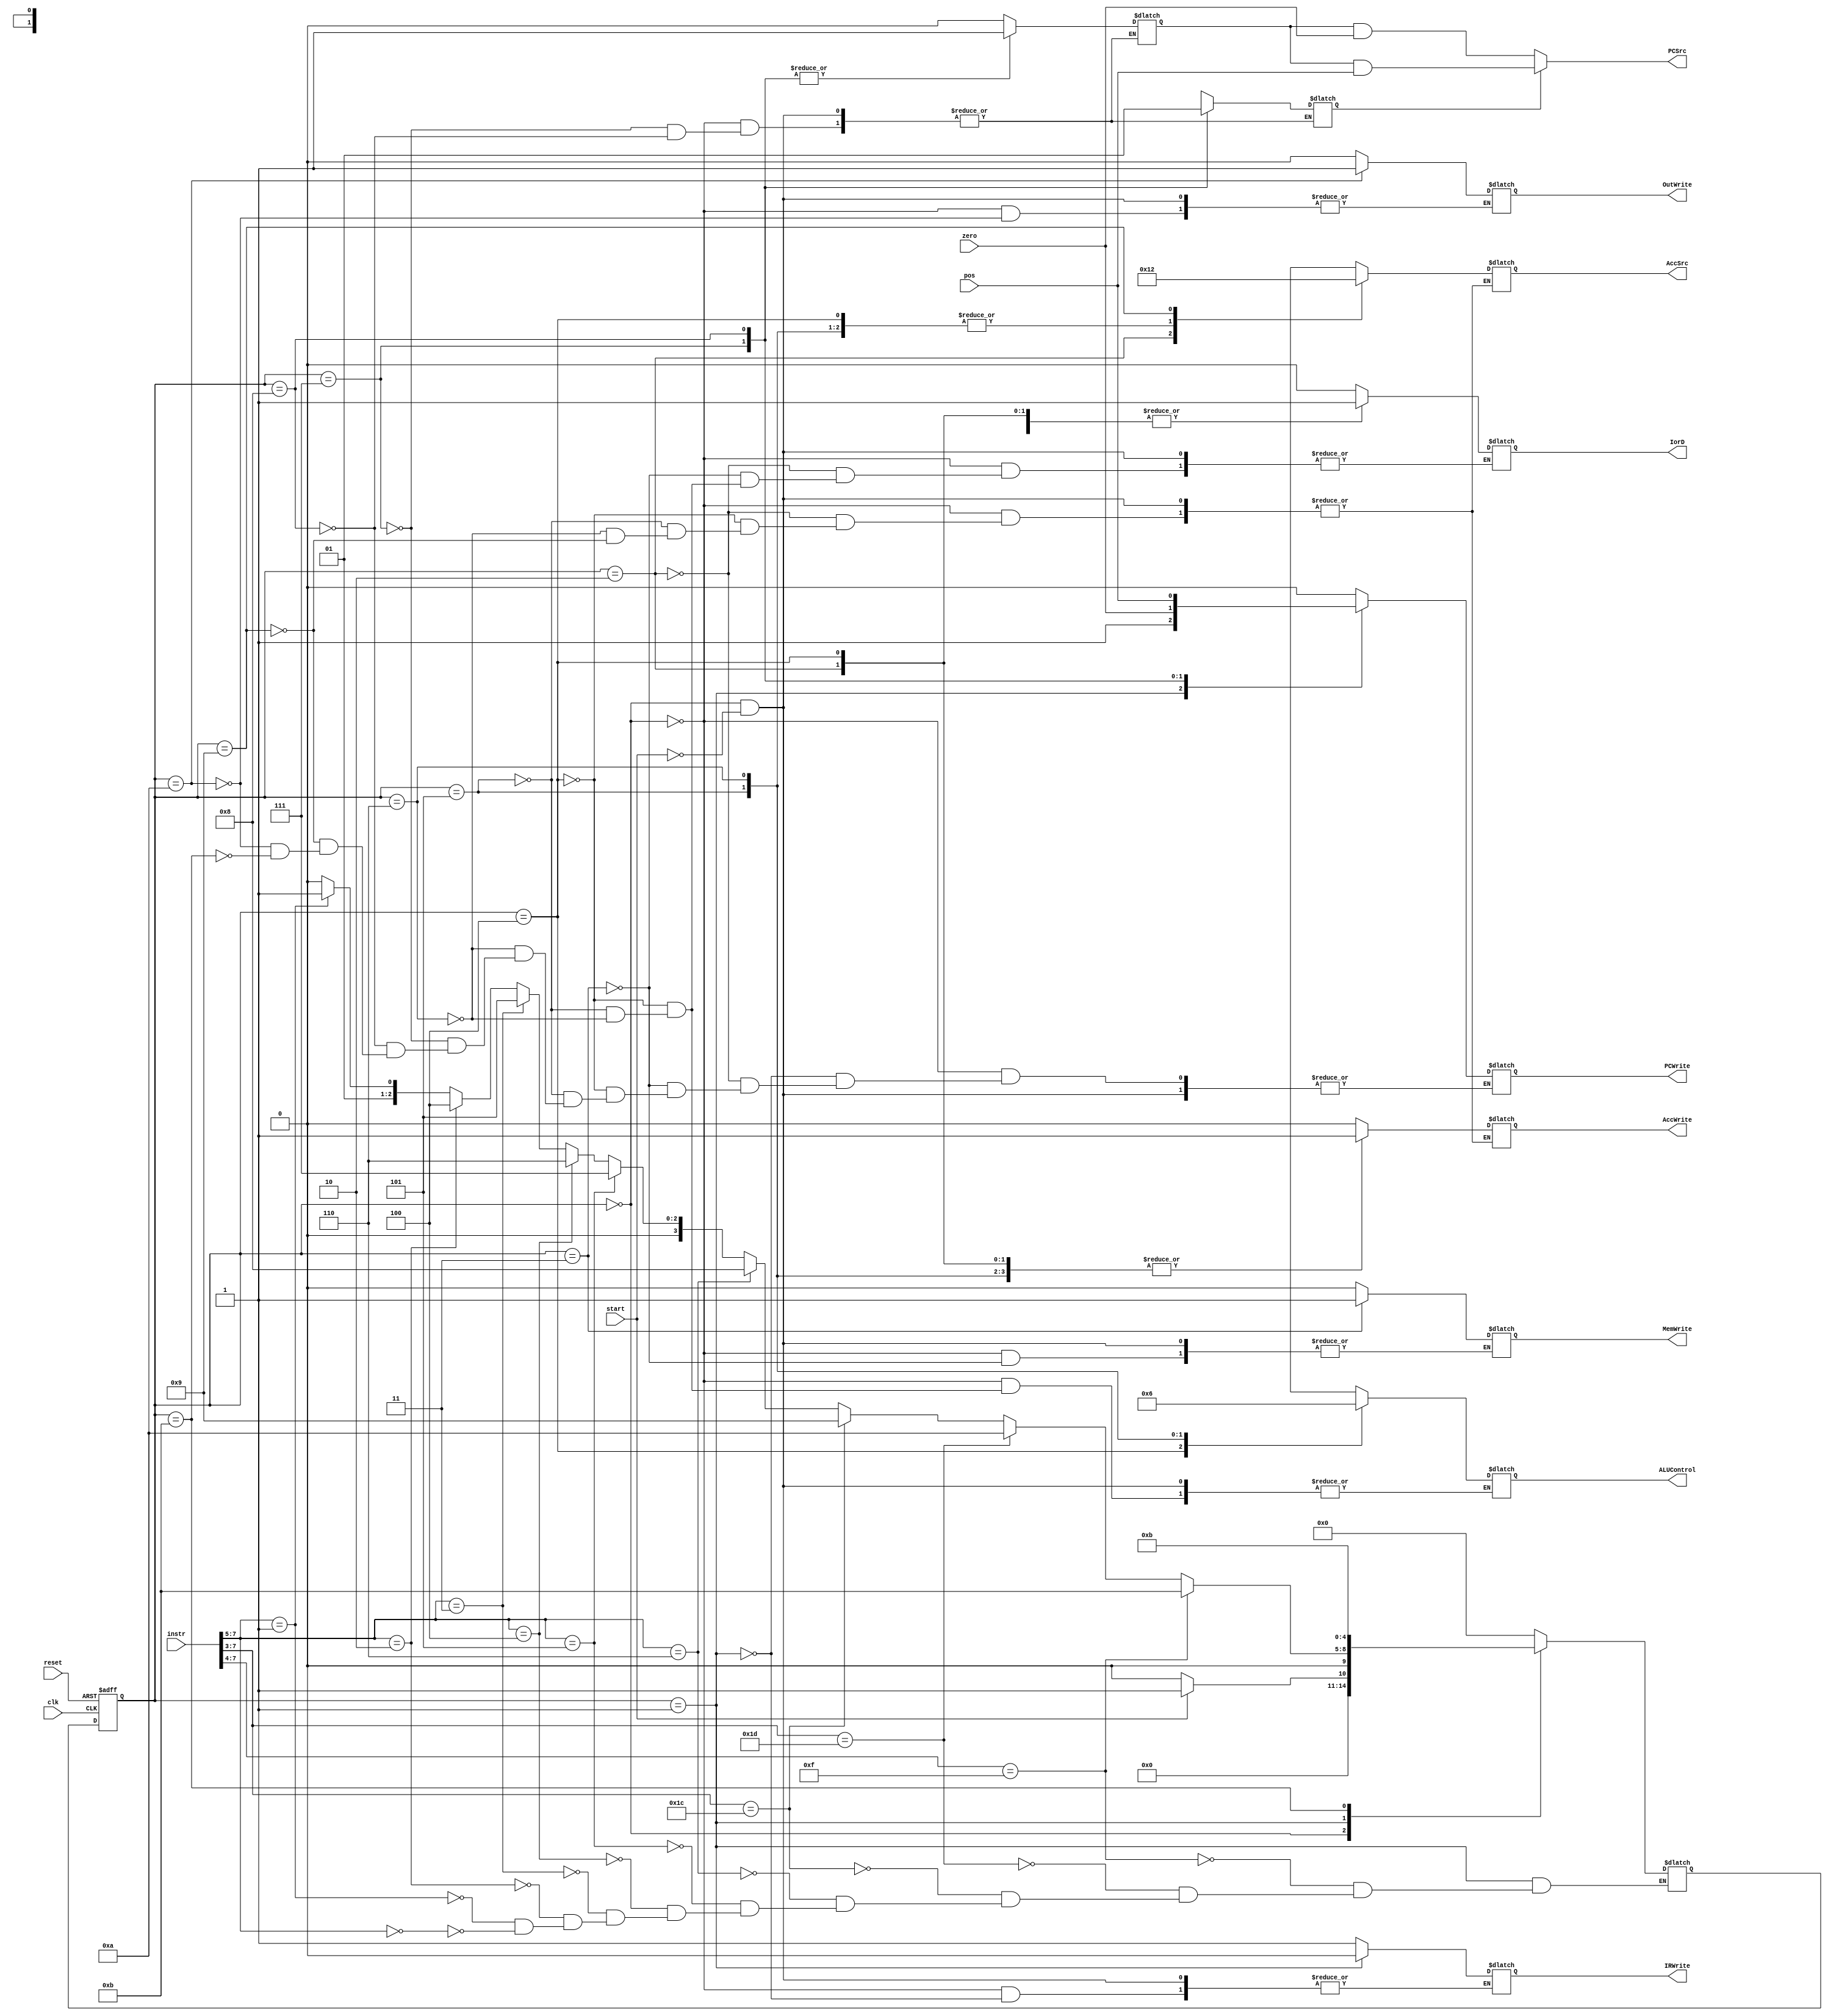
/* Reiner Dizon
 * Simple 8-bit microprocessor (MP-8)
 * Controller Module
 */
module controller(
	input clk, reset, start,		// Clock, Reset, & Start Signal
	input [7:0] instr,				// Instruction Input
	output PCSrc,
	output reg PCWrite, IorD, MemWrite, 
	output reg IRWrite, OutWrite,
	output reg [1:0] AccSrc, ALUControl,
	output reg AccWrite,
	input zero, pos					// Branch Condition Input (from ALU)
);
	reg branch, ZorP;
	reg [4:0] state;
	reg [4:0] nextstate;
	parameter S0 = 0; // reset
	parameter S1 = 1;
	parameter S2 = 2;
	parameter S3 = 3;
	parameter S4 = 4;
	parameter S5 = 5;
	parameter S6 = 6;
	parameter S7 = 7;
	parameter S8 = 8;
	parameter S9 = 9;
	parameter S10 = 10;
	parameter S11 = 11;
	
	always @(posedge clk, posedge reset)
		if(reset) state <= S0;
		else state <= nextstate;
	
	always @(state, instr, start) begin
	case(state)
		S0: begin
			if(start) begin
				PCWrite <= 1'b0;
				IorD <= 1'b0;
				MemWrite <= 1'b0;
				IRWrite <= 1'b1;
				OutWrite <= 1'b0;
				AccSrc <= 2'bxx;
				AccWrite <= 1'b0;
				ALUControl <= 2'bxx;
				branch <= 1'b0;
				ZorP <= 1'bx;
				nextstate <= S1;
			end
			else nextstate <= S0;
		end
		
		S1: begin
			PCWrite <= 1'b1;
			IRWrite <= 1'b0;
			if(instr[7:5] == 3'b000) nextstate <= S2; //opcode = LOAD
			if(instr[7:5] == 3'b001) nextstate <= S3; //opcode = STORE
			if(instr[7:5] == 3'b010) nextstate <= S4; //opcode = ADD
			if(instr[7:5] == 3'b011) nextstate <= S5; //opcode = SUB
			if(instr[7:5] == 3'b100) nextstate <= S6; //opcode = AND
			if(instr[7:5] == 3'b101) nextstate <= S7; //opcode = JZ
			if(instr[7:5] == 3'b110) nextstate <= S8; //opcode = JPOS
			if(instr[7:3] == 5'b11100) nextstate <= S9; //opcode = IN
			if(instr[7:3] == 5'b11101) nextstate <= S10; //opcode = OUT
			if(instr[7:4] == 4'b1111) nextstate <= S11; //opcode = HALT
		end
		
		S2: begin // LOAD
			PCWrite <= 1'b0;
			IorD <= 1'b1;
			AccWrite <= 1'b1;
			AccSrc <= 2'b01;
			nextstate <= S0;
		end
		
		S3: begin // STORE
			PCWrite <= 1'b0;
			IorD <= 1'b1;
			MemWrite <= 1'b1;
			nextstate <= S0;
		end
		
		S4: begin // ADD
			PCWrite <= 1'b0;
			IorD <= 1'b1;
			ALUControl <= 2'b00;
			AccSrc <= 2'b00;
			AccWrite <= 1'b1;
			nextstate <= S0;
		end
		
		S5: begin // SUB
			PCWrite <= 1'b0;
			IorD <= 1'b1;
			ALUControl <= 2'b01;
			AccSrc <= 2'b00;
			AccWrite <= 1'b1;
			nextstate <= S0;
		end
		
		S6: begin // AND
			PCWrite <= 1'b0;
			IorD <= 1'b1;
			ALUControl <= 2'b10;
			AccSrc <= 2'b00;
			AccWrite <= 1'b1;
			nextstate <= S0;
		end
		
		
		S7: begin // JZ
			PCWrite <= zero;
			branch <= 1'b1;
			ZorP <= 1'b0;
			nextstate <= S0;
		end
		
		S8: begin // JPOS
			PCWrite <= pos;
			branch <= 1'b1;
			ZorP <= 1'b1;
			nextstate <= S0;
		end
		
		S9: begin // IN
			PCWrite <= 1'b0;
			AccSrc <= 2'b10;
			AccWrite <= 1'b1;
			nextstate <= S0;
		end
		
		S10: begin // OUT
			PCWrite <= 1'b0;
			OutWrite <= 1'b1;
			nextstate <= S0;
		end
		
		S11: begin // HALT
			PCWrite <= 1'b0;
			nextstate <= S11;
		end
		default: nextstate <= S0;
	endcase
	end
	assign PCSrc = ZorP ? (branch & pos) : (branch & zero);
endmodule